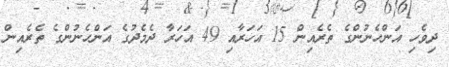
ދިވެހި އަންހެނުންގެ ތެރެއިން 15 އަހަރާއި 49 އަހަރާ ދެމެދުގެ އަންހެނުންގެ ތެރެއިން